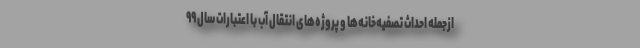
ازجمله احداث تصفیه‌خانه‌ها و پروژه‌های انتقال آب با اعتبارات سال ۹۹